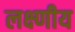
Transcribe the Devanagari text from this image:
लक्ष्णीय